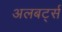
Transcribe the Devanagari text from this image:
अलबर्ट्स